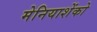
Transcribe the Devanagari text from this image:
मेनियाशेंको